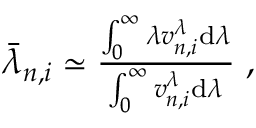
\begin{array} { r } { \bar { \lambda } _ { n , i } \simeq \frac { \int _ { 0 } ^ { \infty } \lambda v _ { n , i } ^ { \lambda } \mathrm { d } \lambda } { \int _ { 0 } ^ { \infty } v _ { n , i } ^ { \lambda } \mathrm { d } \lambda } \; , } \end{array}